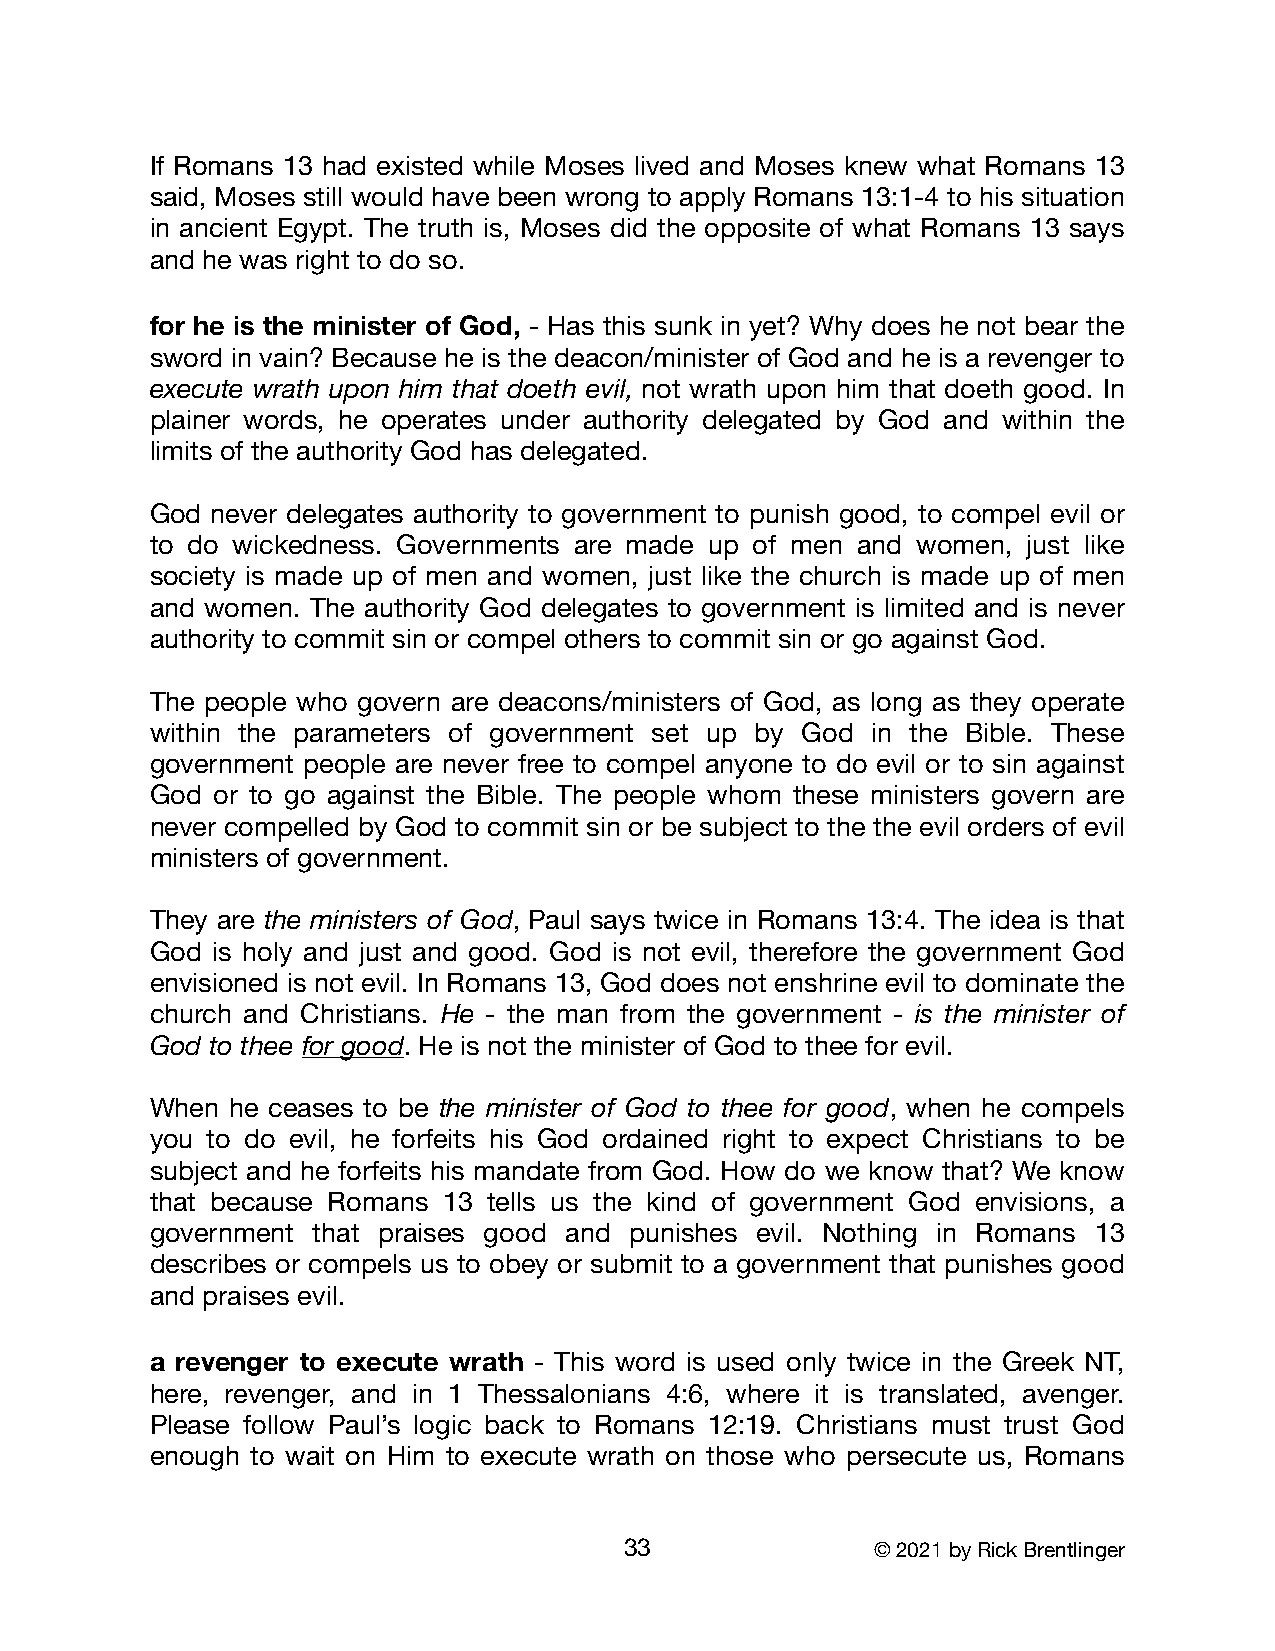
If Romans 13 had existed while Moses lived and Moses knew what Romans 13
 said, Moses still would have been wrong to apply Romans 13:1-4 to his situation
 in ancient Egypt. The truth is, Moses did the opposite of what Romans 13 says
 and he was right to do so.
 for he is the minister of God, - Has this sunk in yet? Why does he not bear the
 sword in vain? Because he is the deacon/minister of God and he is a revenger to
 execute wrath upon him that doeth evil, not wrath upon him that doeth good. In
 plainer words, he operates under authority delegated by God and within the
 limits of the authority God has delegated.
 God never delegates authority to government to punish good, to compel evil or
 to do wickedness. Governments are made up of men and women, just like
 society is made up of men and women, just like the church is made up of men
 and women. The authority God delegates to government is limited and is never
 authority to commit sin or compel others to commit sin or go against God.
 The people who govern are deacons/ministers of God, as long as they operate
 within the parameters of government set up by God in the Bible. These
 government people are never free to compel anyone to do evil or to sin against
 God or to go against the Bible. The people whom these ministers govern are
 never compelled by God to commit sin or be subject to the the evil orders of evil
 ministers of government.
 They are the ministers of God, Paul says twice in Romans 13:4. The idea is that
 God is holy and just and good. God is not evil, therefore the government God
 envisioned is not evil. In Romans 13, God does not enshrine evil to dominate the
 church and Christians. He - the man from the government - is the minister of
 God to thee for good. He is not the minister of God to thee for evil.
 When he ceases to be the minister of God to thee for good, when he compels
 you to do evil, he forfeits his God ordained right to expect Christians to be
 subject and he forfeits his mandate from God. How do we know that? We know
 that because Romans 13 tells us the kind of government God envisions, a
 government that praises good and punishes evil. Nothing in Romans 13
 describes or compels us to obey or submit to a government that punishes good
 and praises evil.
 a revenger to execute wrath - This word is used only twice in the Greek NT,
 here, revenger, and in 1 Thessalonians 4:6, where it is translated, avenger.
 Please follow Paul’s logic back to Romans 12:19. Christians must trust God
 enough to wait on Him to execute wrath on those who persecute us, Romans
 33               © 2021 by Rick Brentlinger